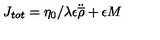
J _ { t o t } = \eta _ { 0 } / \lambda \epsilon \ddot { \overline { { \rho } } } + \epsilon M